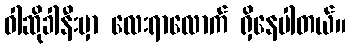
ဝါဆိုခါနီးမှာ လေးရာလောက် ရှိနေပါတယ်။